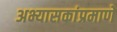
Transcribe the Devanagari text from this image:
अभ्यासकांप्रमाणे